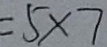
= 5 \times 7